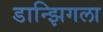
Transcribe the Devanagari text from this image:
डान्झिगला